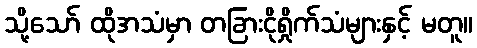
သို့သော် ထိုအသံမှာ တခြားငိုရှိုက်သံများနှင့် မတူ။